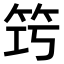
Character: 𥬤